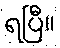
ရပြီ။